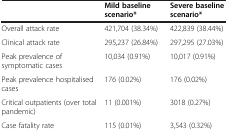
|  | Mild baseline scenario* | Severe baseline scenario* |
 | --- | --- | --- |
 | Overall attack rate | 421,704 (38.34%) | 422,839 (38.44%) |
 | Clinical attack rate | 295,237 (26.84%) | 297,295 (27.03%) |
 | Peak prevalence of symptomatic cases | 10,034 (0.91%) | 10,017 (0.91%) |
 | Peak prevalence hospitalised cases | 176 (0.02%) | 176 (0.02%) |
 | Critical outpatients (over total pandemic) | 11 (0.001%) | 3018 (0.27%) |
 | Case fatality rate | 115 (0.01%) | 3,543 (0.32%) |